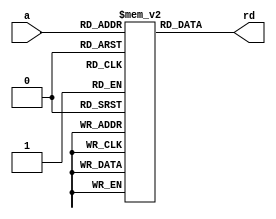
`timescale 1ns/1ps
module imem(input  [5:0]  a,
            output [31:0] rd);

  reg  [31:0] RAM[63:0];

  initial
    begin
     RAM [0]= 32'h00000000;
     RAM [1]= 32'h00000000;
     RAM [2]= 32'h00000000;
     RAM [3]= 32'h00000000;
     RAM [4]= 32'h00000000;
     RAM [5]= 32'h00000000;
     RAM [6]= 32'h00000000;
     RAM [7]= 32'h00000000;
     end

  assign rd = RAM[a]; // word aligned
endmodule